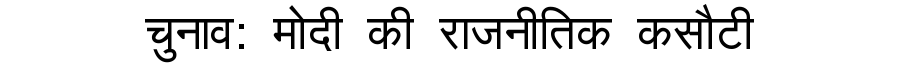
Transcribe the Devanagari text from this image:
चुनाव: मोदी की राजनीतिक कसौटी